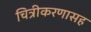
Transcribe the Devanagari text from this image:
चित्रीकरणासह